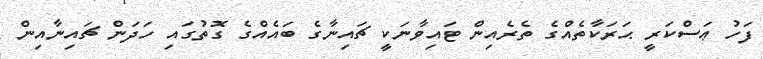
ފަހު ޢަސްކަރީ ޙަރަކާތެއްގެ ތެރެއިން ޓައިވާނަކީ ޗައިނާގެ ބައެއްގެ ގޮތުގައި ހަދަން ޗައިނާއިން